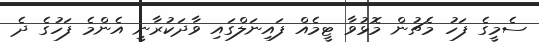
ސެމީގެ ފަހު މެޗުން މޮޅުވާ ޓީމެއް ފައިނަލްގައި ވާދަކުރާނީ އެންމެ ފަހުގެ ދެ